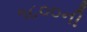
૧૮૦૦ની